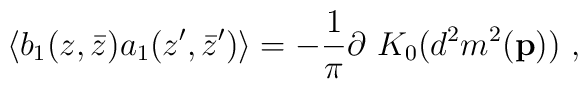
\langle b_1(z,\bar{z}) a_1(z',\bar{z}') \rangle=-{1 \over \pi} \partial ~K_0(d^2 m^2({\bf p}))~,